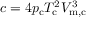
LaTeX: c = 4 p _ { \mathrm { c } } T _ { \mathrm { c } } ^ { 2 } V _ { \mathrm { m , c } } ^ { 3 }